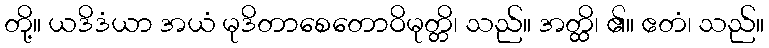
တို့။ ယဒိဒံယာ အယံ မုဒိတာစေတောဝိမုတ္တိ၊ သည်။ အတ္ထိ၊ ၏။ ဧတံ၊ သည်။